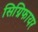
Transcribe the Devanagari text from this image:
सिग्निफायर